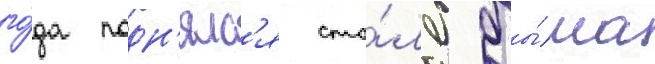
го́да подн'ялс'я сто́лб ды́ма